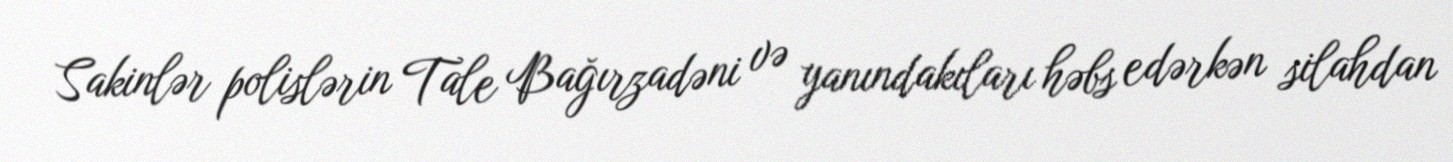
Sakinlər polislərin Tale Bağırzadəni və yanındakıları həbs edərkən silahdan